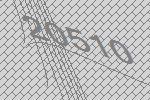
20510